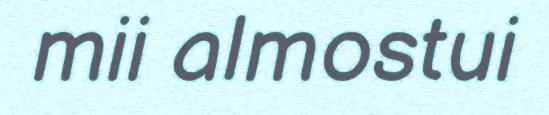
mii almostui